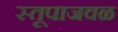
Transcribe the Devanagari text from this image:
स्तूपाजवळ